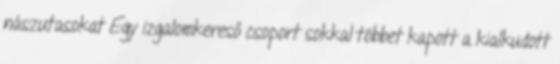
nászutasokat Egy izgalomkereső csoport sokkal többet kapott a kialkudott